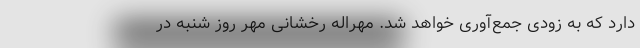
دارد که به زودی جمع‌آوری ‌خواهد شد. مهراله رخشانی مهر روز شنبه در